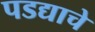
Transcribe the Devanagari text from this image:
पडद्याचे